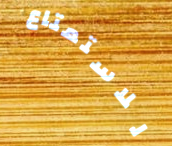
للاستمتاع